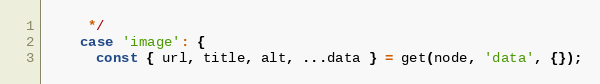
Language: JavaScript
     */
    case 'image': {
      const { url, title, alt, ...data } = get(node, 'data', {});